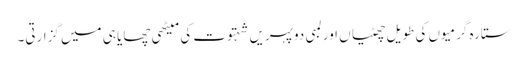
ستارہ گرمیوں کی طویل چھٹیاں اور لمبی دوپہریں شہتوت کی میٹھی چھایا ہی میں گزارتی۔